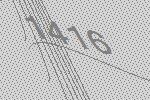
1416